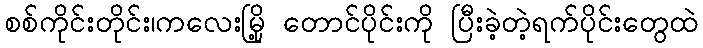
စစ်ကိုင်းတိုင်း၊ကလေးမြို့ တောင်ပိုင်းကို ပြီးခဲ့တဲ့ရက်ပိုင်းတွေထဲ